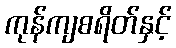
ကုန်ကျစရိတ်နှင့်